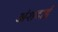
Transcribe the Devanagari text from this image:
अंशदाई